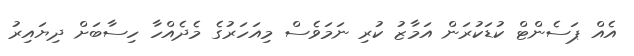
އެއް ޕަސެންޓް ކުޑަކުރަން އަމާޒު ކުރި ނަމަވެސް މިއަހަރުގެ މެދެއްހާ ހިސާބަށް ދިޔައިރު